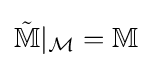
{\tilde {\mathbb {M} }}|_{\mathcal {M}}=\mathbb {M}